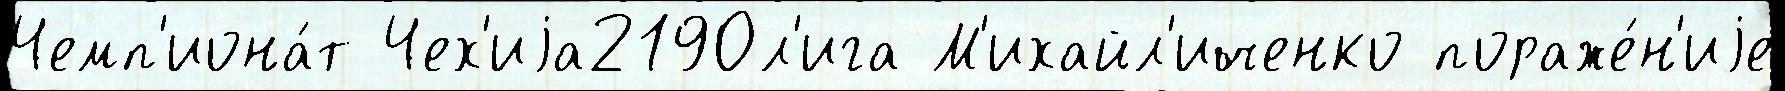
Чемп'иона́т Чех'иjа2190л'ига М'ихайл'иченко пораже́н'иjе